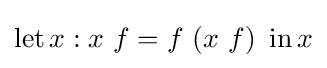
\operatorname {let} x:x\ f=f\ (x\ f)\ \operatorname {in} x